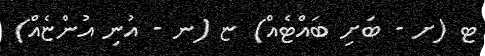
ޓ (ށ - ބަށި ބައްޓެއް) ޏ (ނ - އުނި އުންޏެއް)